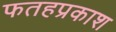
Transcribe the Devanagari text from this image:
फतहप्रकाश